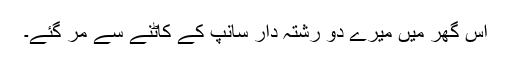
اس گھر میں میرے دو رشتہ دار سانپ کے کاٹنے سے مر گئے۔